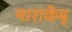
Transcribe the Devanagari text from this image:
माराकैबू